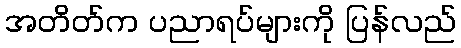
အတိတ်က ပညာရပ်များကို ပြန်လည်